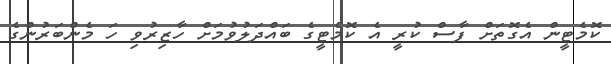
ކޮމެޓީން އެގޮތަށް ފާސް ކުރީ އެ ކޮމެޓީގެ ބައްދަލުވުމަށް ހާޒިރުވި ހަ މެންބަރުންގެ